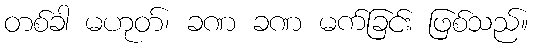
တစ်ခါ မဟုတ်၊ ခဏ ခဏ မက်ခြင်း ဖြစ်သည်။